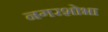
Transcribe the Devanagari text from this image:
नगरशोभा